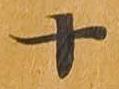
十